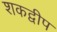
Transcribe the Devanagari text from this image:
शकद्वीप